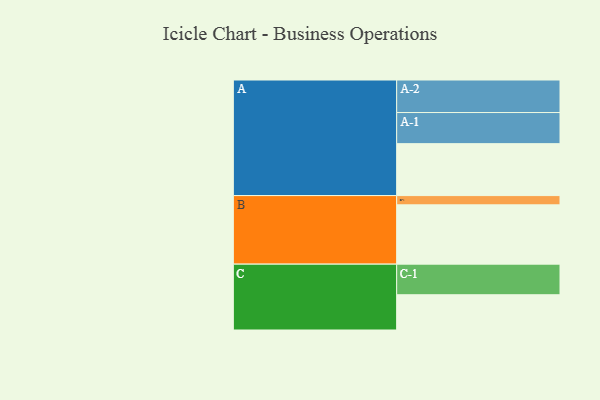
{"axis": {"x": "Segment", "y": "Value"}, "legend": ["", "A", "B", "C"], "data": [{"x": "A", "y": 477, "type": ""}, {"x": "B", "y": 545, "type": ""}, {"x": "C", "y": 324, "type": ""}, {"x": "A-1", "y": 286, "type": "A"}, {"x": "A-2", "y": 299, "type": "A"}, {"x": "B-1", "y": 85, "type": "B"}, {"x": "C-1", "y": 281, "type": "C"}]}